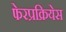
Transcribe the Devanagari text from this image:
फेरप्रक्रियेस